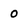
Character: 0